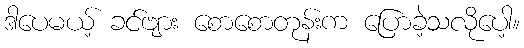
ဒါပေမယ့် ခင်ဗျား စောစောတုန်းက ပြောခဲ့သလိုပေါ့။